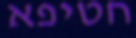
חטיפא